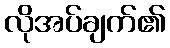
လိုအပ်ချက်၏